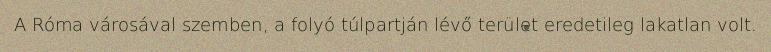
A Róma városával szemben, a folyó túlpartján lévő terület eredetileg lakatlan volt.